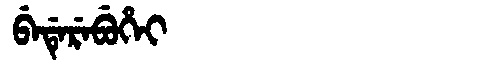
Manchu: ᠪᡝᡩᡝᡵᡝᠪᡠᡥᡝᡳ
Romanization: BEDEREBUHEI